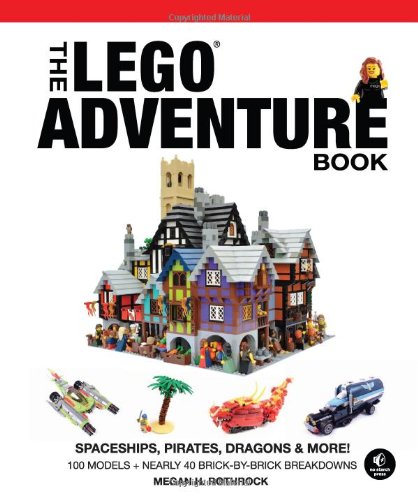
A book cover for The LEGO Adventure Book, Vol. 2: Spaceships, Pirates, Dragons & More!; Megan H. Rothrock; Crafts, Hobbies & Home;